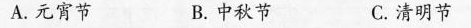
A.元宵节 B.中秋节 C.清明节